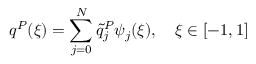
q ^ { P } ( \xi ) = \sum _ { j = 0 } ^ { N } \tilde { q } _ { j } ^ { P } \psi _ { j } ( \xi ) , \quad \xi \in [ - 1 , 1 ]